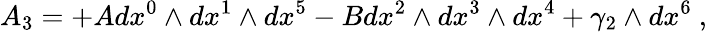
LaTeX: A_{3}=+Adx^{0}\wedge dx^{1}\wedge dx^{5}-Bdx^{2}\wedge dx^{3}\wedge dx^{4}+\gamma_{2}\wedge dx^{6}\ ,